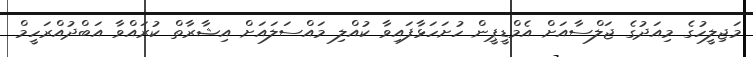
މަޖިލީހުގެ މިއަދުގެ ޖަލްސާއަށް އެމްޑީޕީން ހުށަހަޅާފައިވާ ކުއްލި މައްސަލައަށް އިޝާރާތް ކުރައްވާ އަބްދުއްރަހީމް